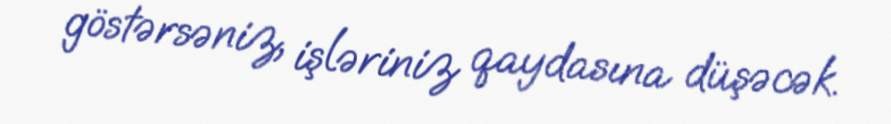
göstərsəniz, işləriniz qaydasına düşəcək.